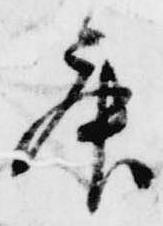
舞